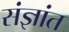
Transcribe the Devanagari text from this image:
संज्ञांत